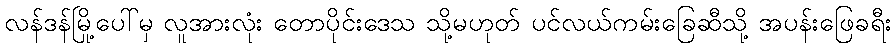
လန်ဒန်မြို့ပေါ်မှ လူအားလုံး တောပိုင်းဒေသ သို့မဟုတ် ပင်လယ်ကမ်းခြေဆီသို့ အပန်းဖြေခရီး